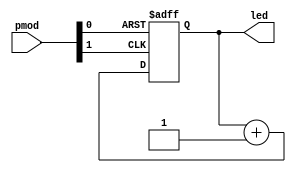
// Button counter
//
// Inputs:
//      pmod[0]     - pushbutton (RESET)
//      pmod[1]     - pushbutton (CLOCK)
// Outputs:
//      led[3:0]    - LEDs (count from 0x0 to 0xf)
//
// LEDs will count up in binary on each CLOCK button press. Note: there will
// be a lot of button bounce, so don't worry if the numbers seem to skip around!
//
// License: 0BSD

// Count up on each button press and display on LEDs
module button_counter (

    // Inputs
    input       [1:0]   pmod,
    
    // Outputs
    output  reg [3:0]   led
);

    wire rst;
    wire clk;

    // Reset is the inverse of the first button
    assign rst = ~pmod[0];

    // Clock signal is the inverse of second button
    assign clk = ~pmod[1];

    // Count up on clock rising edge or reset on button push
    always @ (posedge clk or posedge rst) begin
        if (rst == 1'b1) begin
            led <= 4'b0;
        end else begin
            led <= led + 1'b1;
        end
    end
    
endmodule